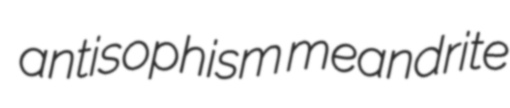
antisophism meandrite